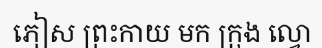
ភៀស ព្រះកាយ មក ក្រុង ល្វោ